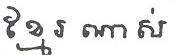
ខ្មែរ ណាស់